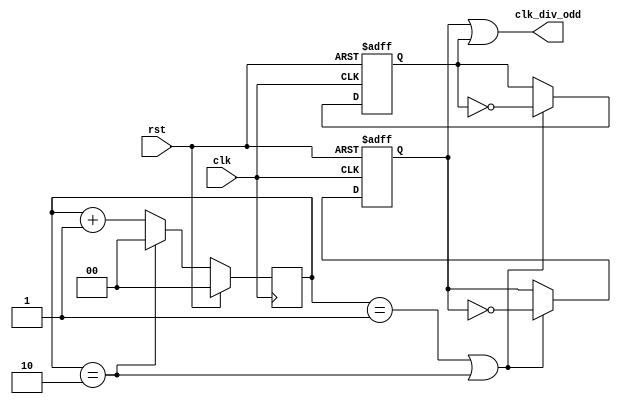
// =============================================================================
// Affiliation: Hong Kong University of Science and Technology
// Description: odd number divider
// -----------------------------------------------------------------------------
`timescale 1 ns / 1 ps
module divider_odd
#(
	parameter N = 3
)
(
	input clk,
	input rst,
	output clk_div_odd
);
localparam WD = clogb2(N);

reg [WD-1:0] cnt;
reg clk_div_pos;
reg clk_div_neg;

always @ (posedge clk)
    begin
        if(rst)
            begin
        	   cnt <= 0;
            end
        else
            begin
        	   if (cnt == N-1) 
        	       begin
        	   			cnt <= 0;
        	   	   end
        	   else 
        	   	begin
        	   		cnt <= cnt + 1'b1;
        	   	end
            end
    end

always @ (posedge clk or posedge rst)
    begin
        if(rst)
            begin
        	   clk_div_pos <= 1'b0;
            end
        else
            begin
        	   if (cnt==(N-1)/2 || cnt == (N-1)) 
        	    begin
        	   		clk_div_pos <= ~clk_div_pos;	
        	    end
        	   else 
        	   	begin
        	   		clk_div_pos <= clk_div_pos;
        	   	end
            end
    end
always @ (negedge clk or posedge rst)
    begin
        if(rst)
            begin
        	    clk_div_neg <= 1'b0;
            end
        else
            begin
        	   if (cnt==(N-1)/2|| cnt == N-1) 
        	    begin
        	   		clk_div_neg <= ~clk_div_neg;
        	   	end
        	   else 
        	   	begin
        	   		clk_div_neg <= clk_div_neg;
        	   	end
            end
    end
assign clk_div_odd = clk_div_neg | clk_div_pos;
function integer clogb2 (input integer depth);
	begin
		for (clogb2 = 0; depth > 0 ; clogb2 = clogb2 + 1)
			begin
				depth = depth >> 1;
			end
	end
endfunction

endmodule